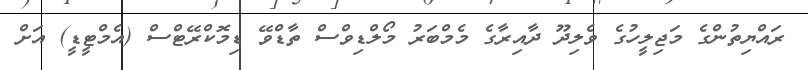
ރައްޔިތުންގެ މަޖިލީހުގެ ވެލިދޫ ދާއިރާގެ މެމްބަރު މޯލްޑިވްސް ތާޑްވޭ ޑިމޮކްރޭޓްސް (އެމްޓީޑީ) އަށް